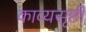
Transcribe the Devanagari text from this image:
काव्यसृष्टी